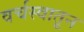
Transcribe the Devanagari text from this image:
वर्चस्वातून